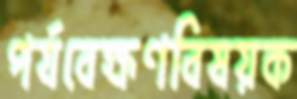
পর্যবেক্ষণবিষয়ক